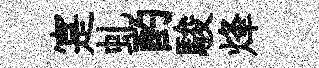
寔虬酌駿烽